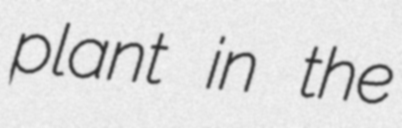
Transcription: plant in the